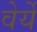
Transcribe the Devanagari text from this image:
वेर्ये